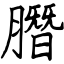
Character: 䐶